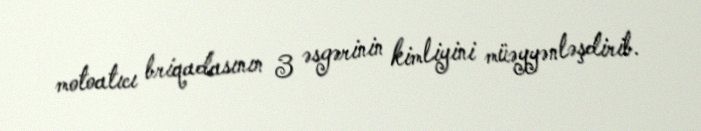
motoatıcı briqadasının 3 əsgərinin kimliyini müəyyənləşdirib.